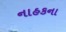
નાહકના